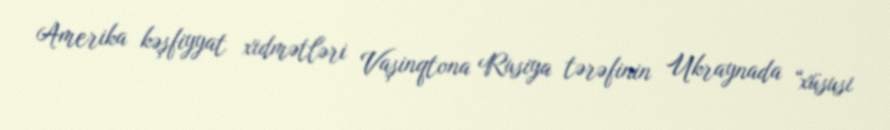
Amerika kəşfiyyat xidmətləri Vaşinqtona Rusiya tərəfinin Ukraynada “xüsusi